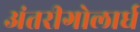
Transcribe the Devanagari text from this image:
अंतरीगोलार्ध